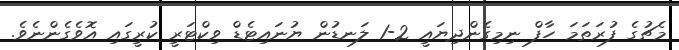
މެޗުގެ ފުރަތަމަ ހާފް ނިމިގެންދިޔައީ 2-1 ލަނޑުން ޔުނައިޓެޑް ވިކްޓަރީ ކުރީގައި އޮވެގެންނެވެ.